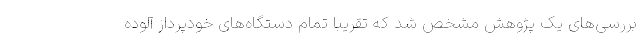
بررسی‌های یک پژوهش مشخص شد که تقریبا تمام دستگاه‌های خودپرداز آلوده